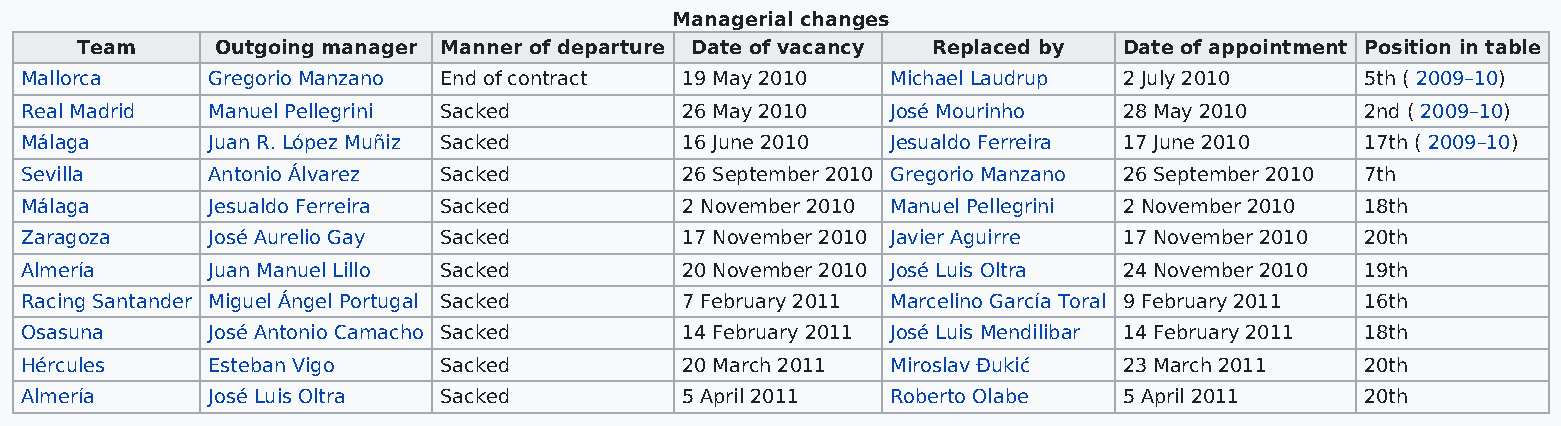
Managerial changes
 Team     Outgoing manager Manner of departure Date of vacancy Replaced by Date of appointment Position in table
 Mallorca     Gregorio Manzano End of contract 19 May 2010 Michael Laudrup 2 July 2010    5th ( 2009–10)
 Real Madrid  Manuel Pellegrini Sacked       26 May 2010   José Mourinho  28 May 2010     2nd ( 2009–10)
 Málaga       Juan R. López Muñiz Sacked     16 June 2010  Jesualdo Ferreira 17 June 2010 17th ( 2009–10)
 Sevilla      Antonio Álvarez Sacked         26 September 2010 Gregorio Manzano 26 September 2010 7th
 Málaga       Jesualdo Ferreira Sacked       2 November 2010 Manuel Pellegrini 2 November 2010 18th
 Zaragoza     José Aurelio Gay Sacked        17 November 2010 Javier Aguirre 17 November 2010 20th
 Almería      Juan Manuel Lillo Sacked       20 November 2010 José Luis Oltra 24 November 2010 19th
 Racing Santander Miguel Ángel Portugal Sacked 7 February 2011 Marcelino García Toral 9 February 2011 16th
 Osasuna      José Antonio Camacho Sacked    14 February 2011 José Luis Mendilibar 14 February 2011 18th
 Hércules     Esteban Vigo   Sacked          20 March 2011 Miroslav Đukić 23 March 2011   20th
 Almería      José Luis Oltra Sacked         5 April 2011  Roberto Olabe  5 April 2011    20th